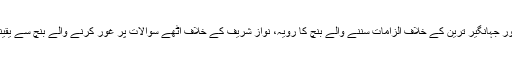
عمران خان اور جہانگیر ترین کے خلاف الزامات سننے والے بنچ کا رویہ، نواز شریف کے خلاف اٹھے سوالات پر غور کرنے والے بنچ سے یقینا مختلف رہا۔